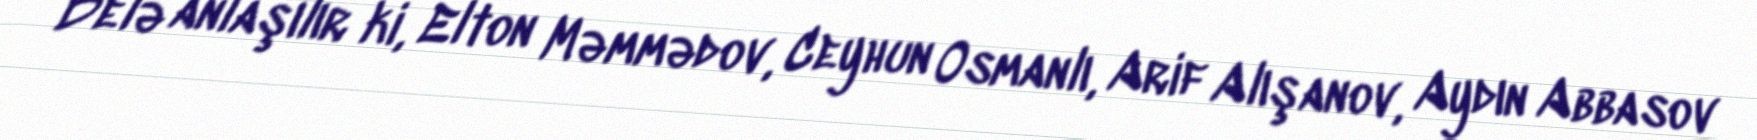
Belə anlaşılır ki, Elton Məmmədov, Ceyhun Osmanlı, Arif Alışanov, Aydın Abbasov